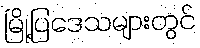
မြို့ပြဒေသများတွင်